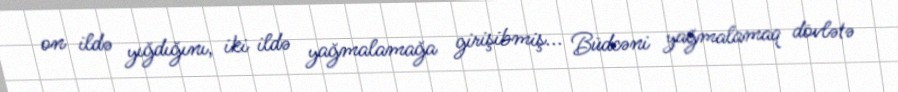
on ildə yığdığını, iki ildə yağmalamağa girişibmiş... Büdcəni yağmalamaq dövlətə